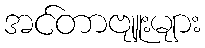
အင်တာဗျူးများ